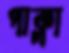
পাক্‌লা